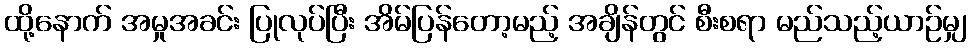
ထို့နောက် အမှုအခင်း ပြုလုပ်ပြီး အိမ်ပြန်တော့မည့် အချိန်တွင် စီးစရာ မည်သည့်ယာဉ်မျှ